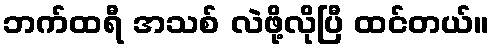
ဘက်ထရီ အသစ် လဲဖို့လိုပြီ ထင်တယ်။